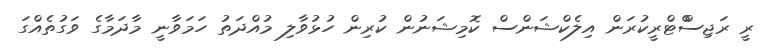
ރީ ރަޖިސްްޓްރީކުރަން އިލެކްޝަންސް ކޮމިޝަނުން ކުރިން ހުޅުވާލި މުއްދަތު ހަމަވާނީ މާދަމާގެ ވަގުތެއްގަ